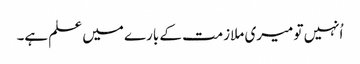
اُنہیں تو میری ملازمت کے بارے میں علم ہے۔